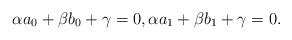
LaTeX: \begin{align*} \alpha a_0+\beta b_0+\gamma=0,\alpha a_1+\beta b_1+\gamma=0.\end{align*}